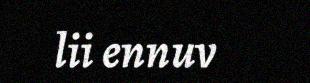
lii ennuv